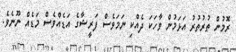
ރޮމުން ތުރުތުރު އަޅަމުން ވާހަކަ ދެއްކި ނަމަވެސް ފަރީޝާގެ އަޑެއްވެސް މަޑެއް ނޫނެވެ.